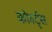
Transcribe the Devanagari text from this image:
कोहर्ट्स